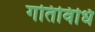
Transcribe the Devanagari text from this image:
गतिविधि